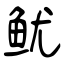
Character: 鱿